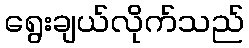
ရွေးချယ်လိုက်သည်